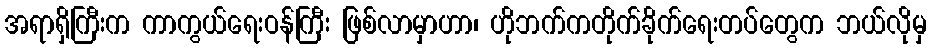
အရာရှိကြီးက ကာကွယ်ရေးဝန်ကြီး ဖြစ်လာမှာဟာ၊ ဟိုဘက်ကတိုက်ခိုက်ရေးတပ်တွေက ဘယ်လိုမှ